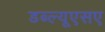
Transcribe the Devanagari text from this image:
डब्ल्यूएसए